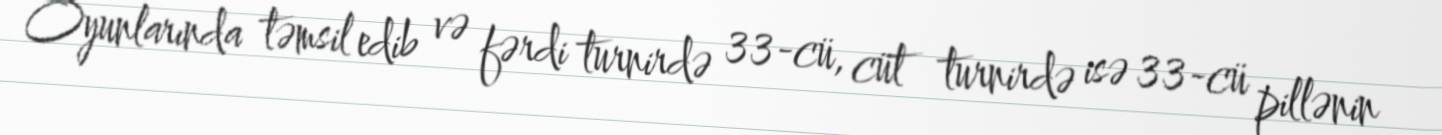
Oyunlarında təmsil edib və fərdi turnirdə 33-cü, cüt turnirdə isə 33-cü pillənin